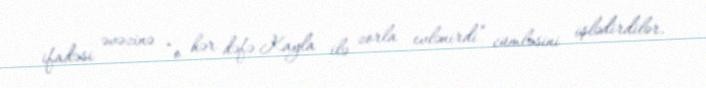
ifadəsi əvəzinə “o hər dəfə Kayla ilə zorla evlənirdi” cümləsini işlədirdilər.